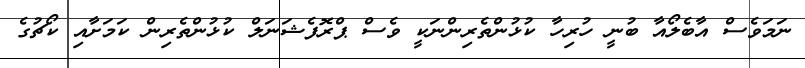
ނަމަވެސް އާބެލޯއާ ބުނީ ހުރިހާ ކުޅުންތެރިންނަކީ ވެސް ޕްރޮފެޝަނަލް ކުޅުންތެރިން ކަމަށާއި ކޯޗުގެ